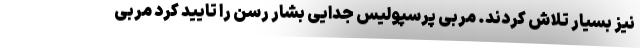
نیز بسیار تلاش کردند. مربی پرسپولیس جدایی بشار رسن را تایید کرد مربی